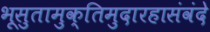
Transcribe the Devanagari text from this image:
भूसुतामुक्तिमुदारहासंवंदे